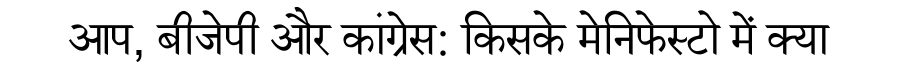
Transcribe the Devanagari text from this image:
आप, बीजेपी और कांग्रेस: किसके मेनिफेस्टो में क्या